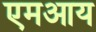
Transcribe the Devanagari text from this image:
एमआय